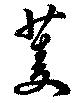
菱